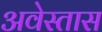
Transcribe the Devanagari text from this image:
अवेस्तास